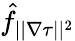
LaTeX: \hat{f}_{||\nabla\tau||^{2}}